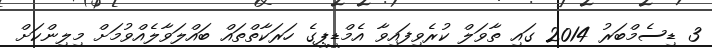
3 ޑިސެމްބަރު 2014 ގައި ތާވަލް ކުރެވިފައިވާ އެމްޑީޕީގެ ހަރަކާތްތައް ބައްލަވާލެއްވުމަށް މިލިންކަށް